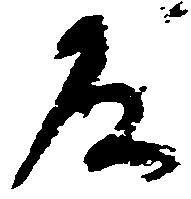
及